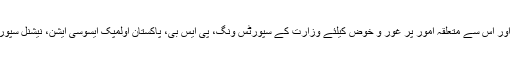
کمیٹی نے پاکستان میں ایشیئن گیمز کے انعقاد، انتظامات اور اس سے متعلقہ امور پر غور و خوض کیلئے وزارت کے سپورٹس ونگ، پی ایس بی، پاکستان اولمپک ایسوسی ایشن، نیشنل سپورٹس فیڈریشن کا مشترکہ اجلاس بلانے کی بھی ہدایت کی۔